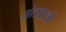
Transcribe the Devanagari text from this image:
अंतवाली